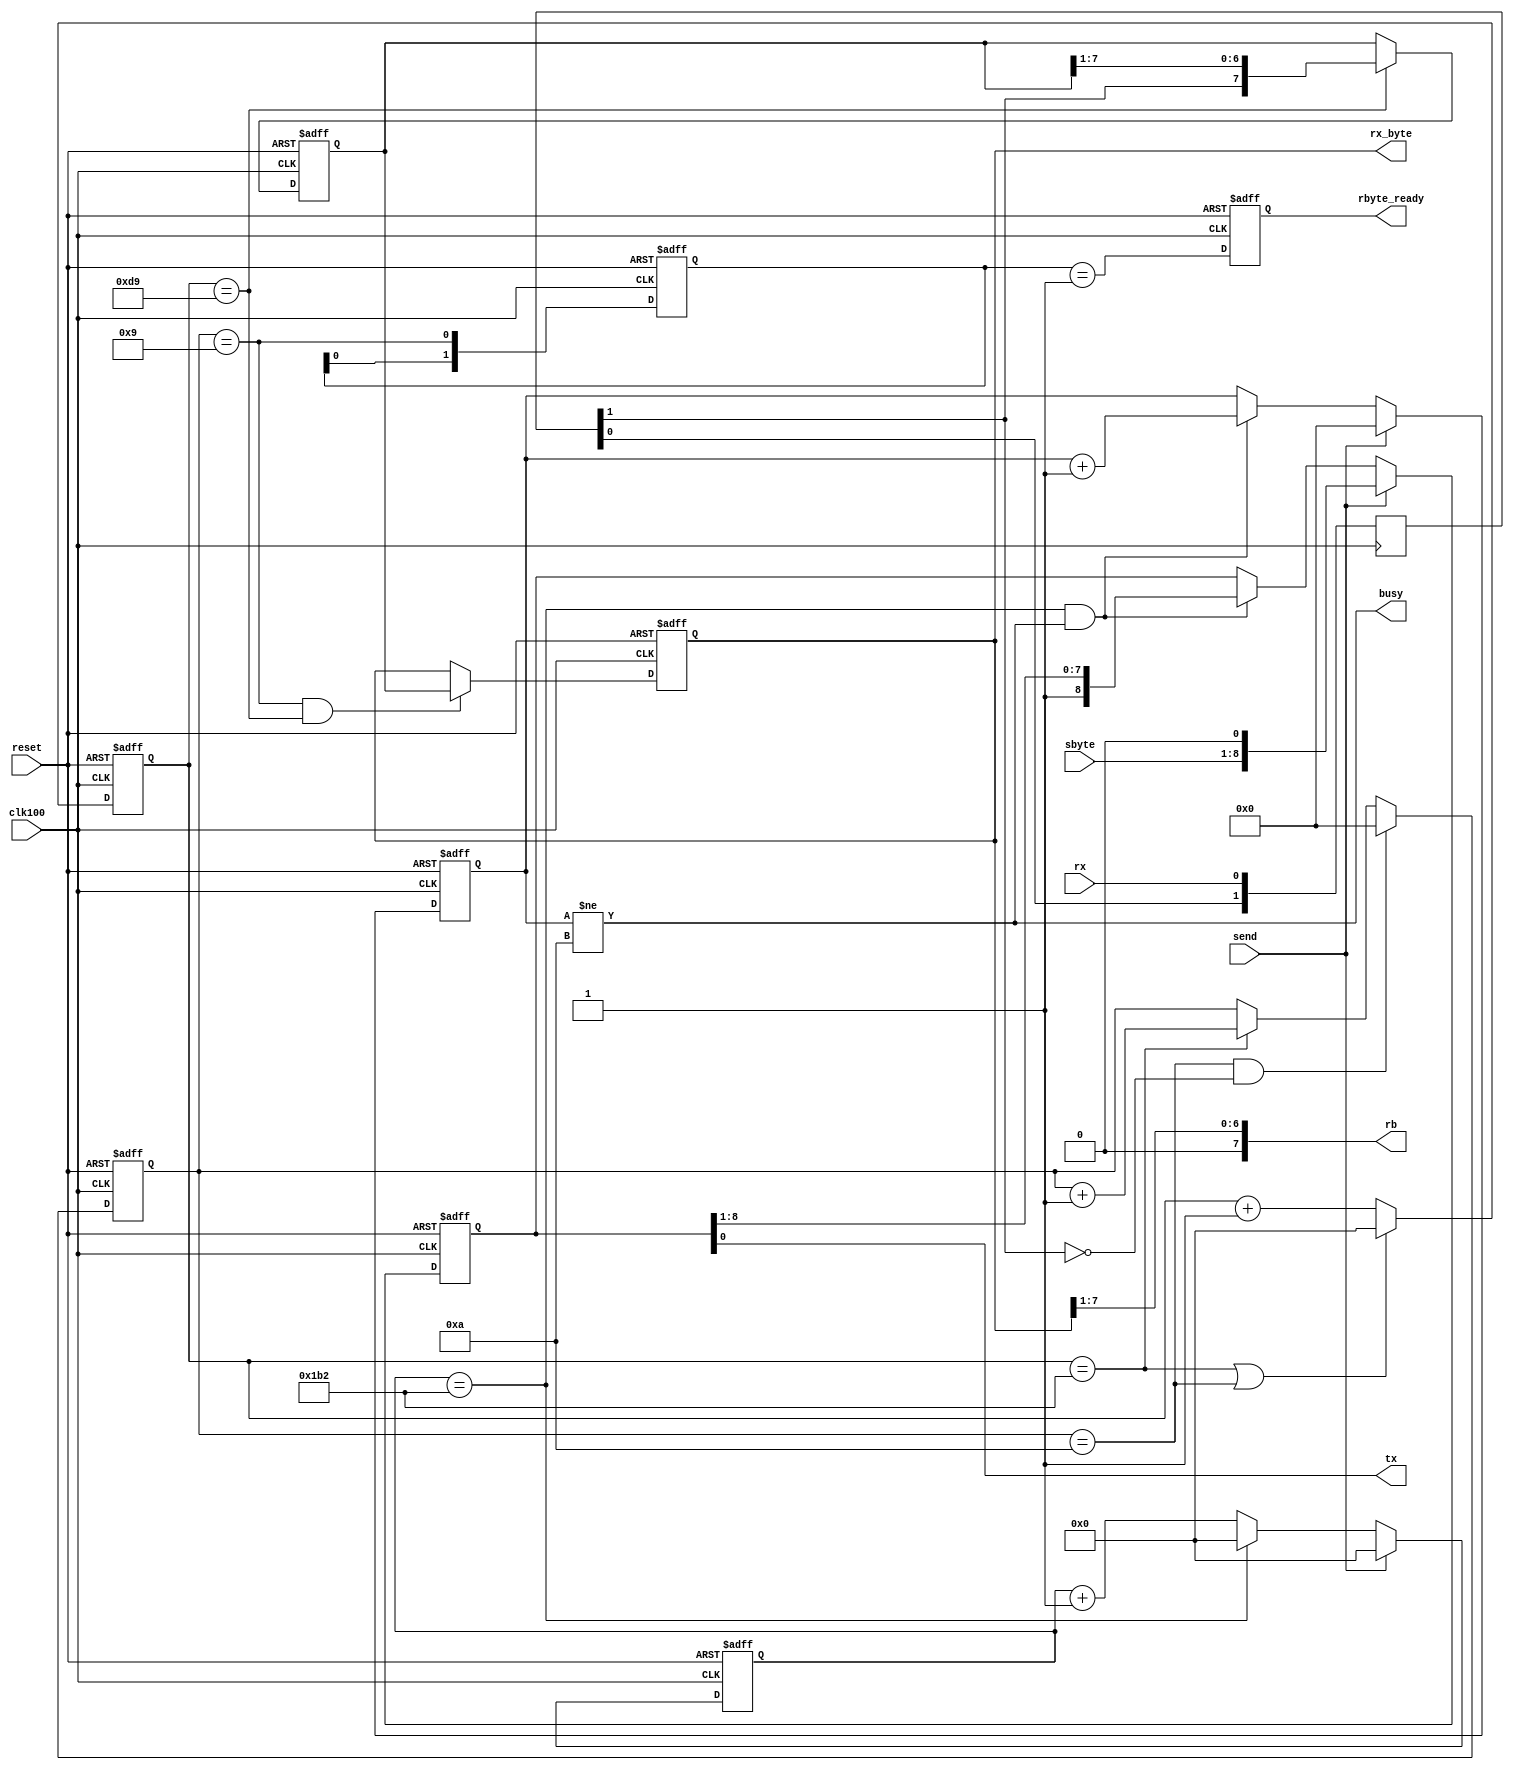
  
module serial(
	input wire reset,
	input wire clk100,	//100MHz
	input wire rx,
	input wire [7:0]sbyte,
	input wire send,
	output reg [7:0]rx_byte,
	output reg rbyte_ready,
	output reg tx,
	output reg busy, 
	output wire [7:0]rb
	);

parameter RCONST = 434; // 100000000Hz / 230400bps = 434

assign rb = {1'b0,rx_byte[7:1]};

reg [1:0]shr;
always @(posedge clk100)
	shr <= {shr[0],rx};
wire rxf; assign rxf = shr[1];

reg [15:0]cnt;
reg [3:0]num_bits;

always @(posedge clk100 or posedge reset)
begin
	if(reset)
		cnt <= 0;
	else
	begin
		if(cnt == RCONST || num_bits==10)
			cnt <= 0;
		else
			cnt <= cnt + 1'b1;
	end
end

reg [7:0]shift_reg;

always @(posedge clk100 or posedge reset)
begin
	if(reset)
	begin
		num_bits <= 0;
		shift_reg <= 0;
	end
	else
	begin
		if(num_bits==10 && rxf==1'b0)
			num_bits <= 0;
		else
		if(cnt == RCONST)
			num_bits <= num_bits + 1'b1;
		
		if( cnt == RCONST/2 )
			shift_reg <= {rxf,shift_reg[7:1]};
	end
end

always @(posedge clk100 or posedge reset)
	if(reset)
	begin
		rx_byte <= 0;
	end
	else
	begin	
	if(num_bits==9 && cnt == RCONST/2)
		rx_byte <= shift_reg[7:0];
	end

reg [1:0]flag;
always @(posedge clk100 or posedge reset)
	if(reset)
		flag <= 2'b00;
	else
		flag <= {flag[0],(num_bits==9)};

always @(posedge clk100 or posedge reset)
	if( reset )
		rbyte_ready <= 1'b0;
	else
		rbyte_ready <= (flag==2'b01);
	  
reg [8:0]send_reg;
reg [3:0]send_num;
reg [15:0]send_cnt;

wire send_time; assign send_time = send_cnt == RCONST;

always @(posedge clk100 or posedge reset)
begin
	if(reset)
	begin
		send_reg <= 9'h1FF;
		send_num <= 10;
		send_cnt <= 0;
	end
	else
	begin
		if(send)
			send_cnt <= 0;
		else
			if(send_time)
				send_cnt <= 0;
			else
				send_cnt <= send_cnt + 1'b1;
		
		if(send)
		begin
			send_reg <= {sbyte,1'b0};
			send_num <= 0;
		end
		else
		if(send_time && send_num!=10)
		begin
			send_reg <= {1'b1,send_reg[8:1]};
			send_num <= send_num + 1'b1;
		end
	end
end

always @*
begin
	busy = send_num!=10;
	tx = send_reg[0];
end
	
endmodule